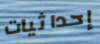
إحداثيات